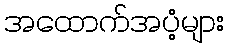
အထောက်အပံ့များ